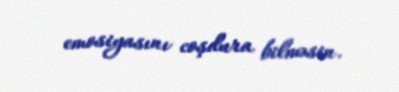
emosiyasını coşdura bilməsin.